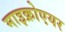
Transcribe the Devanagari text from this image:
माइक्रोएयर